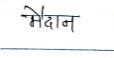
मजकूर: मैदान